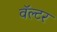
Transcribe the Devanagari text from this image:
वॅल्टर